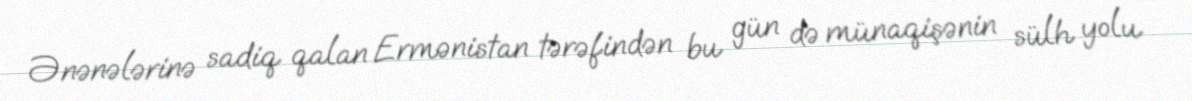
Ənənələrinə sadiq qalan Ermənistan tərəfindən bu gün də münaqişənin sülh yolu